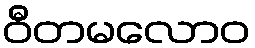
ဝီတမလောဝ